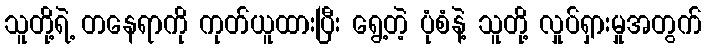
သူတို့ရဲ့ တနေရာကို ကုတ်ယူထားပြီး ရွေ့တဲ့ ပုံစံနဲ့ သူတို့ လှုပ်ရှားမှုအတွက်